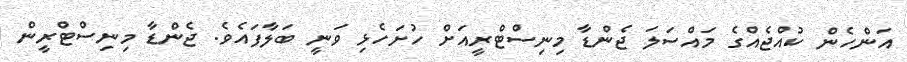
އަންހެން ކުއްޖެއްގެ މައްސަލަ ޖެންޑާ މިނިސްޓްރީއަށް ހުށަހެޅި ވަނީ ބަލާފައެވެ. ޖެންޑާ މިނިސްޓްރީން